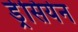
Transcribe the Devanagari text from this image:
ड्रेसियेन